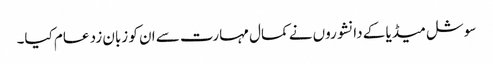
سوشل میڈیا کے دانشوروں نے کمال مہارت سے ان کو زبان زد عام کیا۔